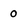
Character: 0